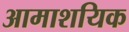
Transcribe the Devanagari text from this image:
आमाशयिक